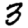
Digit: 3